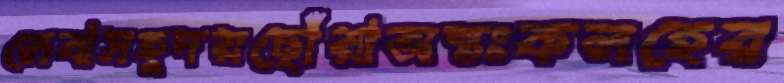
লেবাসহূদয়ছোঁয়াঅন্তঃকলহের